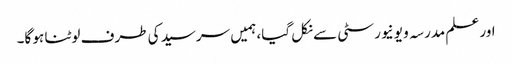
اور علم مدرسہ و یونیورسٹی سے نکل گیا، ہمیں سرسید کی طرف لوٹنا ہو گا۔